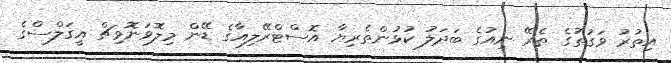
އިތުރު ވަގުތުގެ ތެރޭ ނިއުގެ ބަދަލު ކުޅުންތެރިޔާ އޮސްޓްރޭލިއާގެ ޑޭން މިލޮވަނޮވިޗް އީގަލްސްގެ